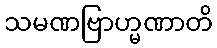
သမဏဗြာဟ္မဏာတိ